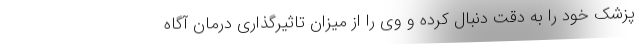
پزشک خود را به دقت دنبال کرده و وی را از میزان تاثیرگذاری درمان آگاه